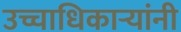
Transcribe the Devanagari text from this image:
उच्चाधिकाऱ्यांनी